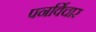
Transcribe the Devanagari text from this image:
पनर्विचार